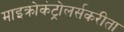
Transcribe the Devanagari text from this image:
माइक्रोकंट्रोलर्सकरीता